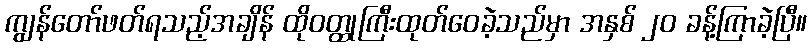
ကျွန်တော်ဖတ်ရသည့်အချိန် ထိုဝတ္ထုကြီးထုတ်ဝေခဲ့သည်မှာ အနှစ် ၂၀ ခန့်ကြာခဲ့ပြီ။